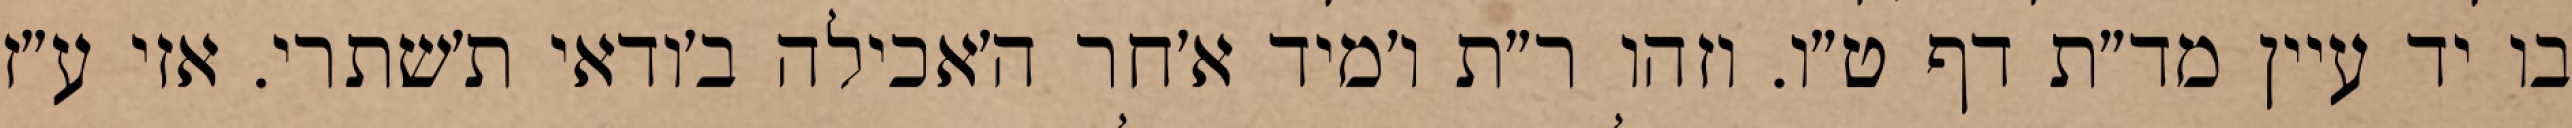
בו יד עיין מד״ת דף ט״ו. וזהו ר״ת ו׳מיד א׳חר ה׳אכילה ב׳ודאי ת׳שתרי. אזי ע״ז